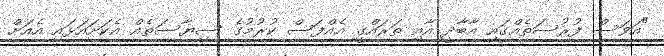
"އަވަސް ފުރުސަތެއްގައި އާބާދީ އާއި ތަރައްގީ އެއްފަސް ކުރުމުގެ ސިޔާސަތެއް އެކަށައަޅައި އެއަށް